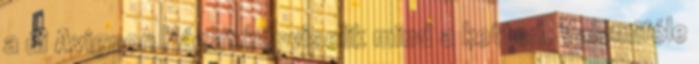
a di Avignon Házat képviselik mind a ketten. Valamiféle